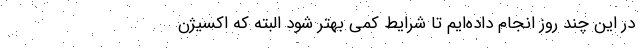
در این چند روز انجام داده‌ایم تا شرایط کمی بهتر شود البته که اکسیژن